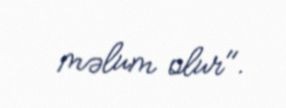
məlum olur".